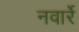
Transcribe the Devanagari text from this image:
नवार्रे